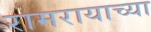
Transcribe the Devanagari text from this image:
रामरायाच्या